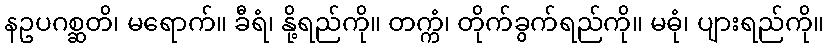
နဥပဂစ္ဆတိ၊ မရောက်။ ခီရံ၊ နို့ရည်ကို။ တက္ကံ၊ တိုက်ခွက်ရည်ကို။ မဓုံ၊ ပျားရည်ကို။